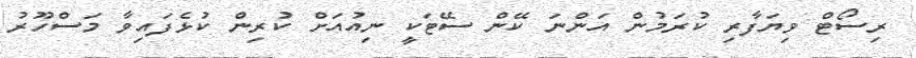
ރިސޯޓް ވިޔަފާރި ކުރަމުން އަންނަ ކޭން ސޭޓަކީ ނިއުއަށް ކުރިން ކުޅެފައިވާ މަސްހޫރު